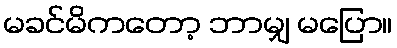
မခင်မိကတော့ ဘာမျှ မပြော။